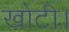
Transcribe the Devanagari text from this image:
खोटी।